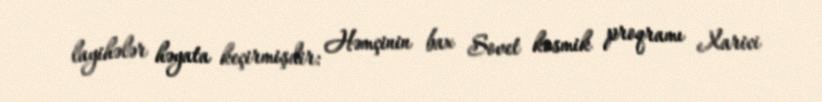
layihələr həyata keçirmişdir: Həmçinin bax Sovet kosmik proqramı Xarici